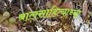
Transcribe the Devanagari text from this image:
बालसाहित्याच्या